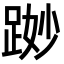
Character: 𨁭